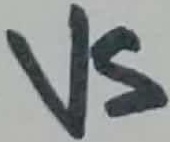
Text: VS